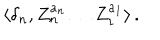
\langle \delta _ { n } , Z _ { n } ^ { a _ { n } } \ldots Z _ { 1 } ^ { a _ { 1 } } \rangle \, .